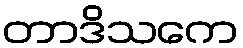
တာဒိသကေ